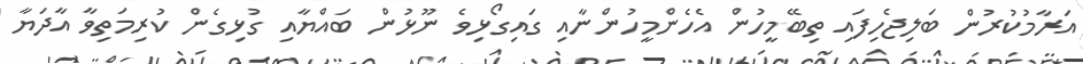
އަރާމުކުރުން ބަލިޖެހިފައި ތިބޭމީހުން އެހެންމީހުންނާއި ގައިގޯޅިވެ ނޫޅުން ބައްޔާއި ގުޅިގެން ކުރިމަތިވާ އާދަޔާ